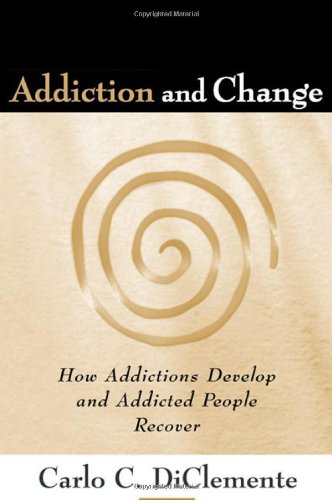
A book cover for Addiction and Change: How Addictions Develop and Addicted People Recover (Guilford Substance Abuse); Carlo C. DiClemente; Medical Books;